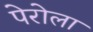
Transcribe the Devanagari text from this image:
पेरोला